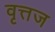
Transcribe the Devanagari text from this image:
वृत्तज